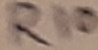
Text: R10